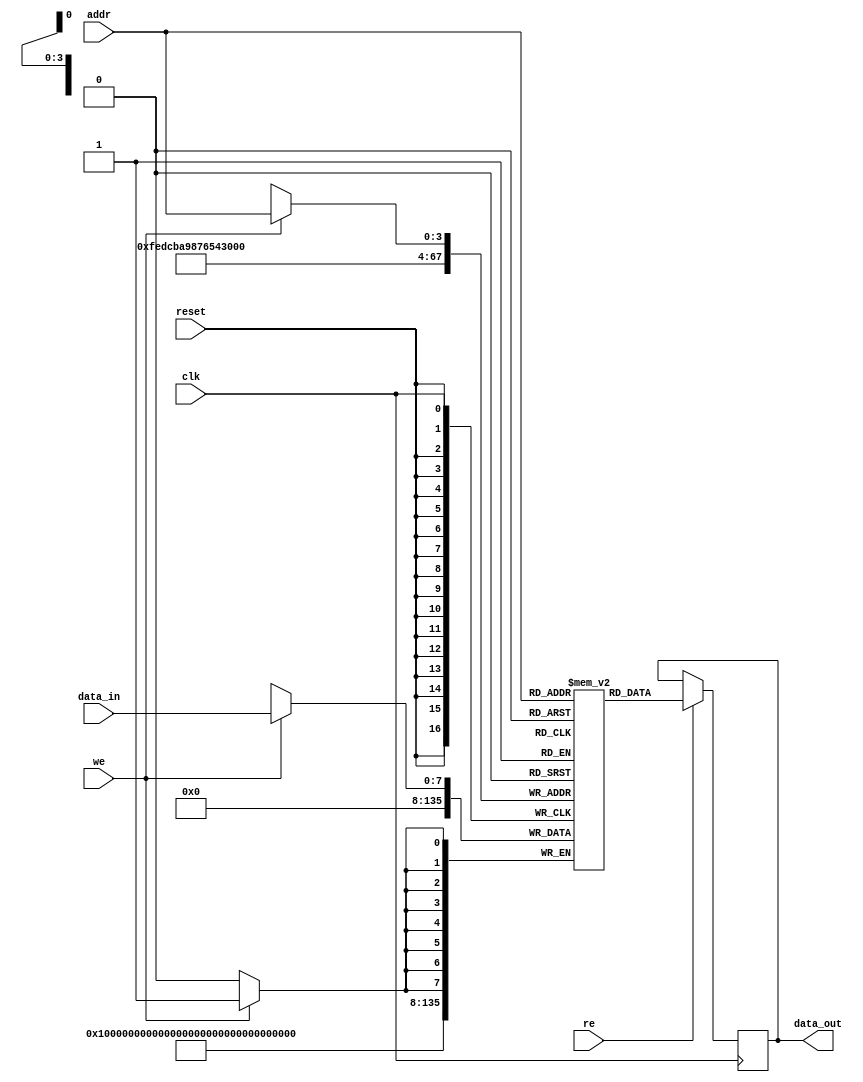
module single_port_ram #(
    parameter DATA_WIDTH = 8,       // Data width in bits (8, 16, 32, etc.)
    parameter ADDR_WIDTH = 4         // Address width (Number of addressable locations = 2^ADDR_WIDTH)
) (
    input wire clk,                  // Clock signal
    input wire reset,                // Reset signal
    input wire we,                   // Write Enable signal
    input wire re,                   // Read Enable signal
    input wire [ADDR_WIDTH-1:0] addr, // Address input
    input wire [DATA_WIDTH-1:0] data_in, // Data input for write operations
    output reg [DATA_WIDTH-1:0] data_out // Data output for read operations
);

    // Memory array declaration
    reg [DATA_WIDTH-1:0] memory [(2**ADDR_WIDTH)-1:0];

    // Reset memory contents to zero or predefined pattern
    integer i;
    always @(posedge reset) begin
        for (i = 0; i < (2**ADDR_WIDTH); i = i + 1) begin
            memory[i] <= {DATA_WIDTH{1'b0}}; // Initialize to zero
        end
    end

    // Write and read operations
    always @(posedge clk) begin
        if (we) begin
            memory[addr] <= data_in; // Write data to memory
        end
        if (re) begin
            data_out <= memory[addr]; // Read data from memory
        end
    end

endmodule